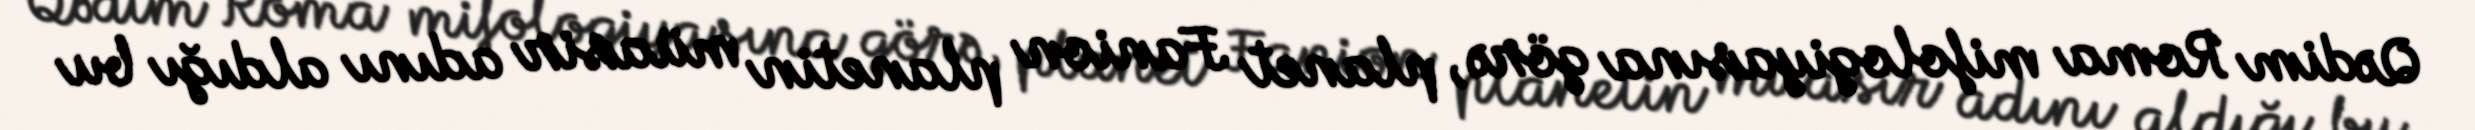
Qədim Roma mifologiyasına görə, planet Fanion planetin müasir adını aldığı bu